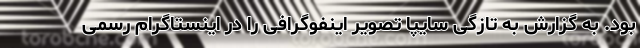
بود. به گزارش به تازگی سایپا تصویر اینفوگرافی را در اینستاگرام رسمی